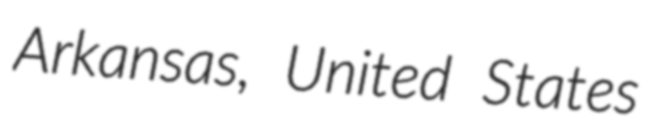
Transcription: Arkansas, United States